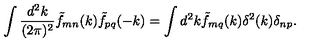
\int \frac { d ^ { 2 } k } { ( 2 \pi ) ^ { 2 } } \tilde { f } _ { m n } ( k ) \tilde { f } _ { p q } ( - k ) = \int d ^ { 2 } k \tilde { f } _ { m q } ( k ) \delta ^ { 2 } ( k ) \delta _ { n p } .